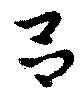
呂